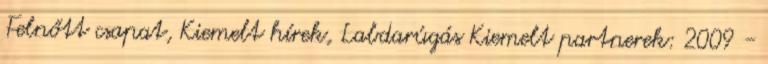
Felnőtt csapat, Kiemelt hírek, Labdarúgás Kiemelt partnerek: 2009 -